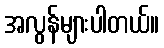
အလွန်များပါတယ်။